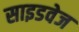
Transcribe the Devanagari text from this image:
साइडवेज